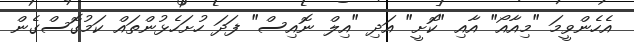
އެހެންވީމަ "މިއާއޯ" އާއި "ކޮށީ" އަދި "އިލް ނޮއިސް" ފަދަ ހުށަހެޅުންތައް ކަމުގޮސްގެން